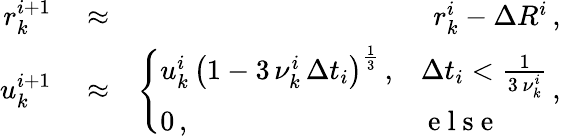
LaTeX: \begin{array}{rlr}{r_{k}^{i+1}}&{{}\approx}&{r_{k}^{i}-\Delta R^{i}\, ,}\\ {u_{k}^{i+1}}&{{}\approx}&{\left\{ \begin{array}{ll}{u_{k}^{i}\, \left(1-3\, \nu_{k}^{i}\, \Delta t_{i}\right)^{\frac{1}{3}}\, ,}&{\Delta t_{i}<\frac{1}{3\, \nu_{k}^{i}}}\\ {0\, ,}&{\mathrm{~e~l~s~e~}}\end{array}\right.\, ,}\end{array}